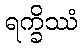
ရက္ခိဿံ